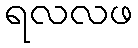
ရလလဖ